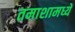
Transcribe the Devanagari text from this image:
तमाशामध्ये